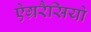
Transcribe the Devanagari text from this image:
ऐग्ररैसियो